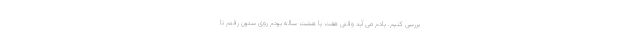
بررسی کنیم. یادم می آید وقتی هفت یا هشت ساله بودم روی ستون رفتم تا